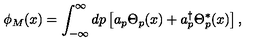
\phi _ { M } ( x ) = \int _ { - \infty } ^ { \infty } d p \left[ a _ { p } \Theta _ { p } ( x ) + a _ { p } ^ { \dag } \Theta _ { p } ^ { * } ( x ) \right] ,